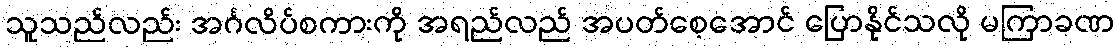
သူသည်လည်း အင်္ဂလိပ်စကားကို အရည်လည် အပတ်စေ့အောင် ပြောနိုင်သလို မကြာခဏ